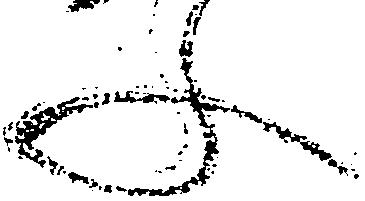
ふ